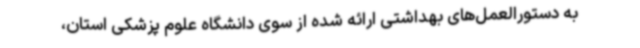
به دستورالعمل‌های بهداشتی ارائه شده از سوی دانشگاه علوم پزشکی استان،